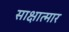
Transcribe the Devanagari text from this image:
साक्षात्मार